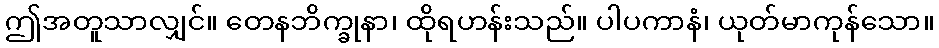
ဤအတူသာလျှင်။ တေနဘိက္ခုနာ၊ ထိုရဟန်းသည်။ ပါပကာနံ၊ ယုတ်မာကုန်သော။